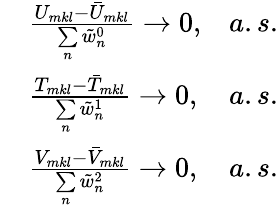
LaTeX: \begin{array}{rlr}&{\frac{U_{mkl}-\bar{U}_{mkl}}{\underset{n}{\sum}\tilde{w}_{n}^{0}}\rightarrow 0,}&{a.s.}\\ &{\frac{T_{mkl}-\bar{T}_{mkl}}{\underset{n}{\sum}\tilde{w}_{n}^{1}}\rightarrow 0,}&{a.s.}\\ &{\frac{V_{mkl}-\bar{V}_{mkl}}{\underset{n}{\sum}\tilde{w}_{n}^{2}}\rightarrow 0,}&{a.s.}\end{array}